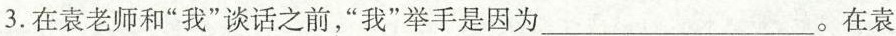
3.在袁老师和“我”谈话之前，“我”举手是因为___。在袁